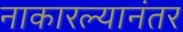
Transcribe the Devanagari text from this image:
नाकारल्यानंतर